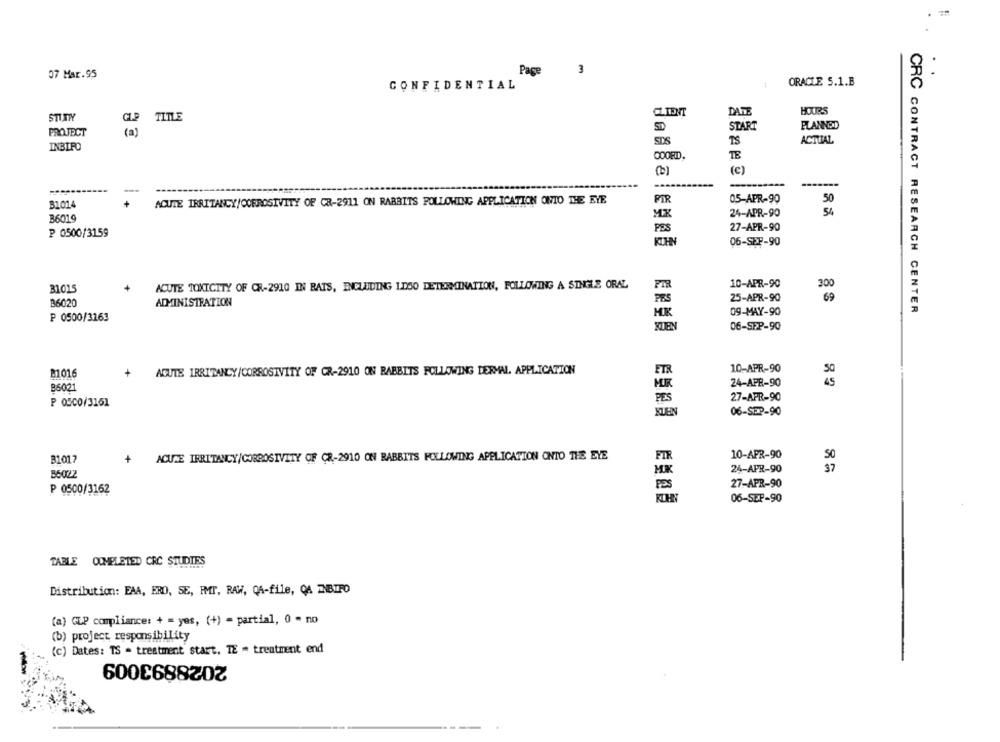
07 Mar.95
Page
3
CONFIDENTIAL
1
ORACLE S.1.B
CLIENT
DATE
HOURS
STUNWY
CLP TITLE
START
FLANNED
PROJECT
(a)
SDS
TS
ACTUAL
INBIRD
ODDEDD,
TE
(c)
-
ACUTE IRRITANCY/CORROSIVITY OF CR-2911 ON RABBITS FOLLOWING APPLICATION OMTO THE EYE
PIR
05-APR-90
51014
MX
24-APR-90
54
36019
PES
27-APR-90
₽ 0500/3159
KUHN
06-SEP-90
10-APR-90
31015
ACUTE TOXICITY OF CR-2910 IN BATS, INCUIDING LD50 DETERMINATION, FOLLOWING A SINGLE ORAL
FIR
25-APR-90
36020
ADMINISTRATION
PES
09-MAY-90
CRC CONTRACT RESEARCH CENTER
P 0500/3163
MK
KUEN
06-SFP-90
#1016
AGUTE IRRITANCY/CORROSIVITY OF CR-2910 ON RABBITS FOLLOWING DERMAL. APPLICATION
ETR
10-APR-90
50
+
86021
MR
24-APR-90
45
PES
27-APR-90
P 0500/3161
NZEN
06-SEP-90
81017
ACUTE IRRITANCY/CORROSIVITY OF CR-2910 ON RABBITS FOLLOWING APPLICATION ONTO THE EYE
FIR
10-APR-90
50
24-APR-90
37
86022
27-APR-90
PES
P 0500/3162
06-SEP-90
TABLE OOMELETED CRC STUDIES
Distribution: EAA, ERO, SE, FMT, RAW, QA-file, QA ZNBIFO
(a) GLP compliance: + = yes, (+) = partial, 0 - no
(b) project responsibility
(c) Dates: TS - treatment start. TE - treatment end
2028893009